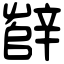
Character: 辥